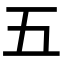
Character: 五